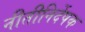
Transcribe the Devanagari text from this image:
नीतीनिर्देषक